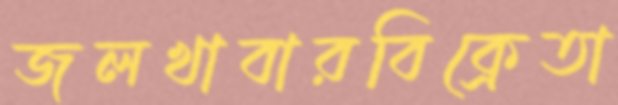
জলখাবারবিক্রেতা